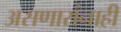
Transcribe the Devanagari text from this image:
असणारांनाही